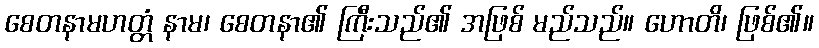
စေတနာမဟတ္တံ နာမ၊ စေတနာ၏ ကြီးသည်၏ အဖြစ် မည်သည်။ ဟောတိ၊ ဖြစ်၏။